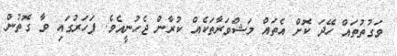
ވަގުތުތައް ހޭދަ ކޮށް އެތައް މަޝްވަރާތަކެއް ކުރާން ޖެހުނީއެވެ. ފަހަރުގައި ވާ ގޮތުން